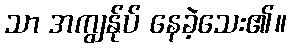
သာ အကျွန်ုပ် နေခဲ့သေး၏။